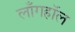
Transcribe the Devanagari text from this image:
लाँगहॉल